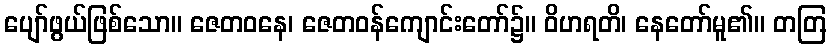
ပျော်ဖွယ်ဖြစ်သော။ ဇေတဝနေ၊ ဇေတဝန်ကျောင်းတော်၌။ ဝိဟရတိ၊ နေတော်မူ၏။ တတြ